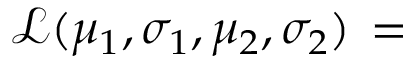
{ \mathcal { L } } ( \mu _ { 1 } , \sigma _ { 1 } , \mu _ { 2 } , \sigma _ { 2 } ) \, =